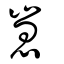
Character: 崽